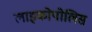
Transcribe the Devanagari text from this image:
लाइकोपोलिस